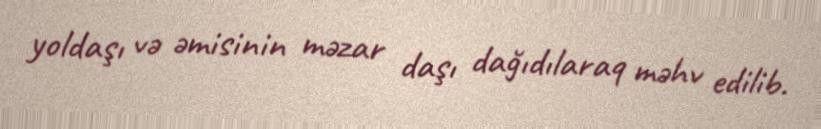
yoldaşı və əmisinin məzar daşı dağıdılaraq məhv edilib.